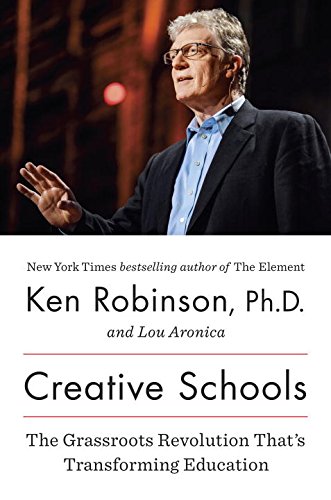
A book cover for Creative Schools: The Grassroots Revolution ThatEEs Transforming Education; Ken Robinson; Education & Teaching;